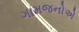
ગામજનોએ